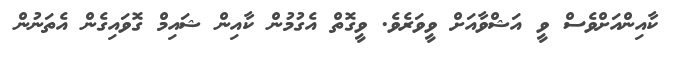
ކާއިންއަށްވެސް ވީ އަޝްވާއަށް ވީވަރެވެ. ވީގޮތް އެގުމުން ކާއިން ޝައިމް ގޮވައިގެން އެތަނުން